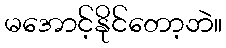
မအောင့်နိုင်တော့ဘဲ။